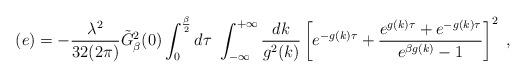
LaTeX: \begin{align*}(e)=- {{\lambda^2 }\over {32 (2 \pi)}} {\tilde{G}}^2_{\beta}(0)\int_0^{{\beta}\over 2} d \tau \,\, \int_{-\infty}^{+\infty} {{d k}\over {g^2(k)}} \left[e^{-g(k) \tau} + { {e^{g(k)\tau} + e^{-g(k) \tau}}\over {e^{\beta g(k)} -1}}\right]^2 \; ,\end{align*}